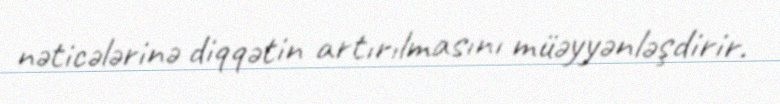
nəticələrinə diqqətin artırılmasını müəyyənləşdirir.